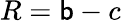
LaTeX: R=\mathsf{b}-c